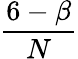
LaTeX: \frac{6-\beta}{N}